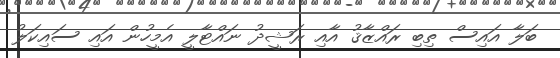
ބަލާ އައިސް ތިބި ރައްޒާޤު އާއި ރަޝީދު ނައްޓާލީ އެމީހުން އައި ސައިކަލު